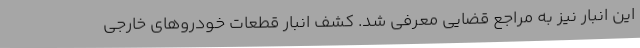
این انبار نیز به مراجع قضایی معرفی شد. کشف انبار قطعات خودروهای خارجی